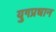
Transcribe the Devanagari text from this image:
युगप्रधान